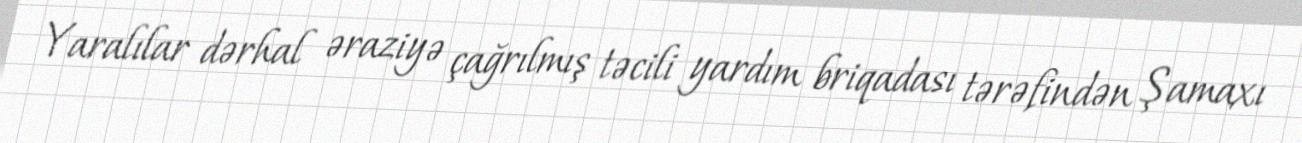
Yaralılar dərhal əraziyə çağrılmış təcili yardım briqadası tərəfindən Şamaxı